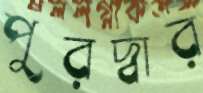
পুরদ্বার